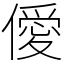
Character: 僾